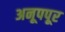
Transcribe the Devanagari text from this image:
अनूपपूर